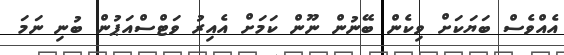
އެއްވެސް ބަޔަކަށް ވިކެން ބޭނުން ނޫން ކަމަށް އެއިރު ވަޓްސްއަޕުން ބުނި ނަމަ